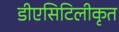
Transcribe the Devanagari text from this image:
डीएसिटिलीकृत